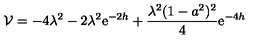
{ \cal V } = - 4 \lambda ^ { 2 } - 2 \lambda ^ { 2 } \mathrm { e } ^ { - 2 h } + \frac { \lambda ^ { 2 } ( 1 - a ^ { 2 } ) ^ { 2 } } { 4 } \mathrm { e } ^ { - 4 h }